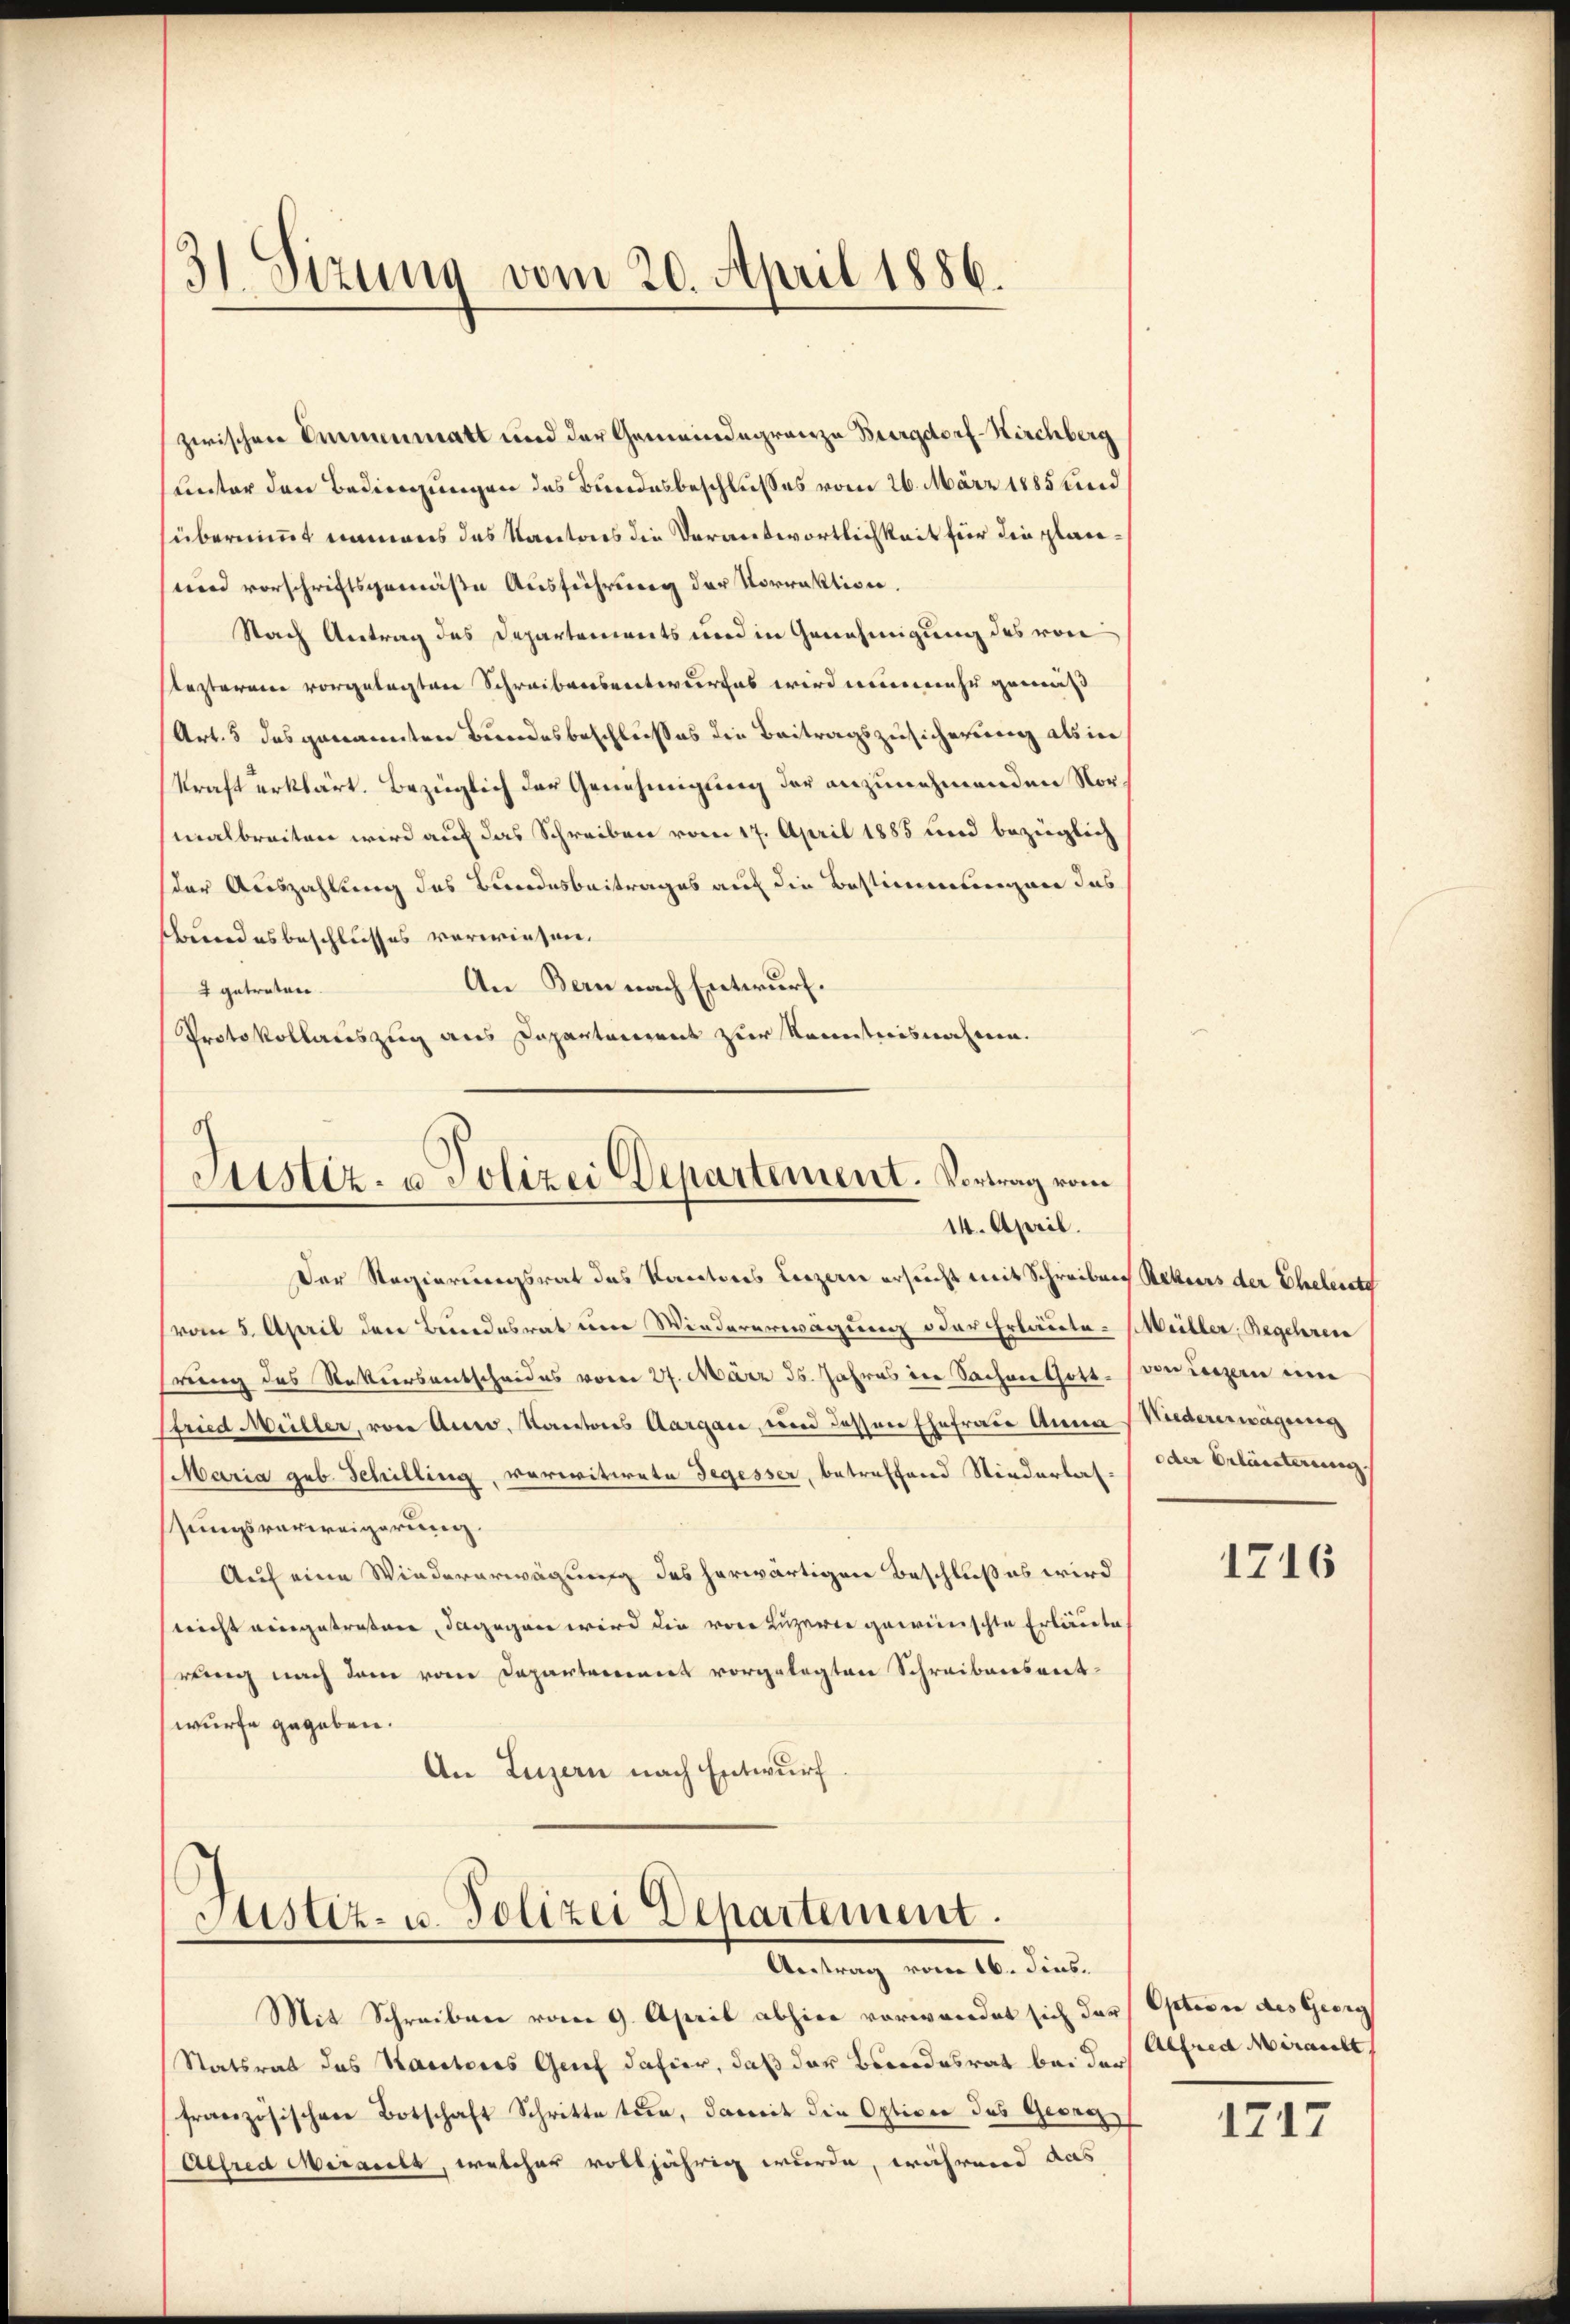
bundesbeschlusses verwiesen.
An Bern nach Entwurf.
2 getreten.
Protokollauszug aus Departement zur Kenntnisnahme.

¬
31 Stzung vom 20. April 1886.

0
Sistiz- u Polizei Departement. Vortrag vom
14. April.

Der Regierungsrat des Kantons Luzern ersucht mit Schreiben Rekurs der Ehelerate
vom 5. April den Bundesrat eine Wiedererwägung oder Erläute- Müller, Begehren
hrung des Rekursentscheides vom 27. März ds. Jahres in Sachenthort
fried Müller, von Auer, Kantons Aargau, und dessen Ehefrau Anna Widererwägung
Maria geb. Schilling, verwitwete Segesser, betreffend Niedertafsungsverweigerung.
Auf eine Wiedererwägung des herwärtigen Beschlußes wird
nricht eingetreten, dagegen wird die von Luzern geweinschte Erläute
rung nach dem vom Departement vorgelegten Schreibensret-
wurfe gegeben.
An Luzern nach Entwurf

Justiz- u. Polizei Departement.
Antrag vom 16. Fins.

Mit Schreiben vom 9. April abhier vorwendet sich der Option des Georg
Statsrat des Kantons Grief dahier, daß der Beendesrat bei der Alfred Meracht
französischen Botschaft Schritte tun, damit die Optiver des Georg
Alfred Miralt, welcher volljährig wurde, während das

zwischen Emmenmatt und der Gemeindegränze Burgdorf-Kirchberg
Lnter den Bedingungen des Bundesbeschlußes vom 26. März 1885 und
übernimmt namens das Kantons die Verantwortlichkeit für die plan¬
und vorschriftsgemäße Ausführung der Vorrektion.
Nach Antrag des Departements und in Genehmigung des von
sezterene vorgelegten Schreibensentwurfes wird nunmehr gemäß
Art. 5 das genannten Bundesbeschlußes die Beitragszusicherung als in
kraft erklärt. Bezüglich der Genehmigung der anzunehmenden Vormalbreiten wird auf das Schreiben vom 17. April 1885 und bezüglich
der Auszahlung des Bundesbeitrages auf die Bestimmungen das

ven einzen um
oder Erläuterung

1716

1717